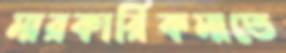
মারকার্রিকমাতে